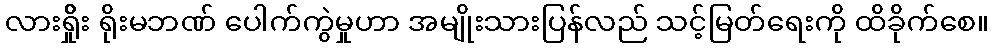
လားရှိိုး ရိုးမဘဏ် ပေါက်ကွဲမှုဟာ အမျိုးသားပြန်လည် သင့်မြတ်ရေးကို ထိခိုက်စေ။